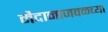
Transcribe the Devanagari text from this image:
मैदानाजवळच्या